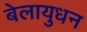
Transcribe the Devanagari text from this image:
बेलायुधन